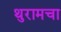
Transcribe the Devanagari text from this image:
थुरामचा